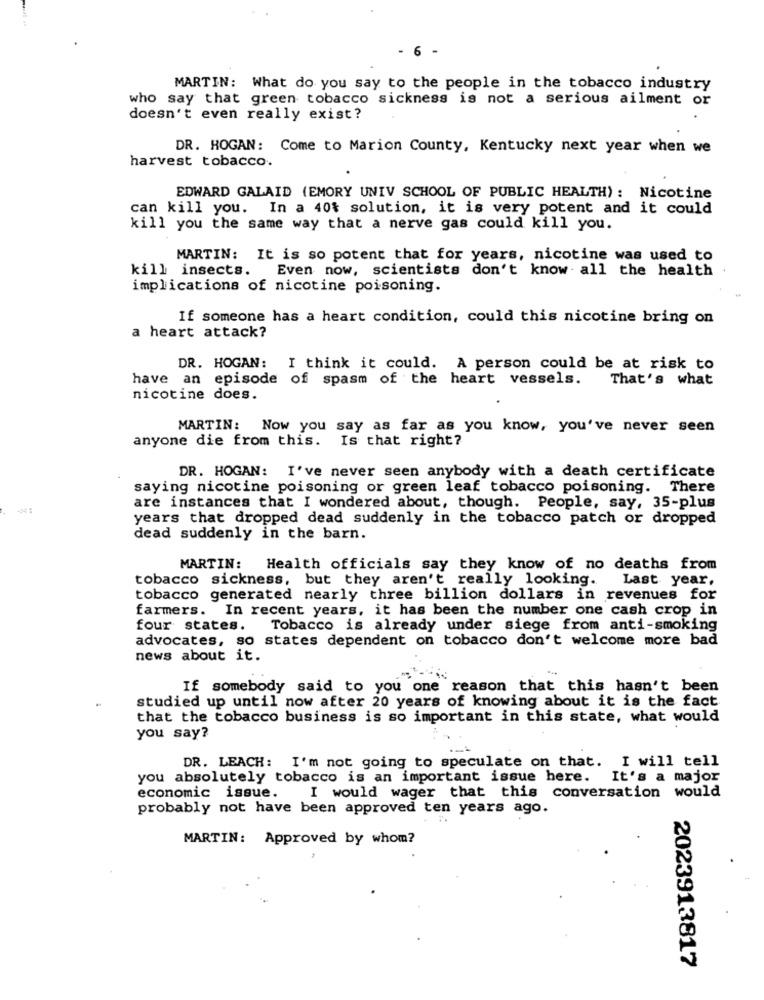
6 -
MARTIN: What do you say to the people in the tobacco industry
who say that green tobacco sickness is not a serious ailment or
doesn't even really exist?
DR. HOGAN: Come to Marion County, Kentucky next year when we
harvest tobacco.
EDWARD GALAID (EMORY UNIV SCHOOL OF PUBLIC HEALTH) : Nicotine
can kill you. In a 40% solution, it is very potent and it could
kill you the same way that a nerve gas could kill you.
MARTIN: It is so potent that for years, nicotine was used to
kill insects.
Even now, scientists don't know all the health
implications of nicotine poisoning.
If someone has a heart condition, could this nicotine bring on
a heart attack?
DR. HOGAN:
I think it could. A person could be at risk to
have an episode of spasm of the heart vessels.
That's what
nicotine does.
MARTIN: Now you say as far as you know, you've never seen
anyone die from this. Is that right?
DR. HOGAN: I've never seen anybody with a death certificate
saying nicotine poisoning or green leaf tobacco poisoning. There
are instances that I wondered about, though. People, say, 35-plus
years that dropped dead suddenly in the tobacco patch or dropped
dead suddenly in the barn.
MARTIN:
Health officials say they know of no deaths from
tobacco sickness, but they aren't really looking.
Last year.
tobacco generated nearly three billion dollars in revenues for
farmers. In recent years, it has been the number one cash crop in
four states.
Tobacco is already under siege from anti-smoking
advocates, so states dependent on tobacco don't welcome more bad
news about it.
If somebody said to you one reason that this hasn't been
studied up until now after 20 years of knowing about it is the fact
that the tobacco business is so important in this state, what would
you say?
DR. LEACH: I'm not going to speculate on that. I will tell
you absolutely tobacco is an important issue here. It's a major
economic issue.
I would wager that this conversation would
probably not have been approved ten years ago.
MARTIN: Approved by whom?
2023913817